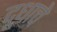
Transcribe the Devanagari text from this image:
दूधाचे